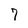
Character: 7